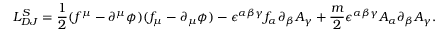
{ \cal { L } } _ { D J } ^ { S } = \frac { 1 } { 2 } ( f ^ { \mu } - \partial ^ { \mu } \phi ) ( f _ { \mu } - \partial _ { \mu } \phi ) - \epsilon ^ { \alpha \beta \gamma } f _ { \alpha } \partial _ { \beta } A _ { \gamma } + \frac { m } { 2 } \epsilon ^ { \alpha \beta \gamma } A _ { \alpha } \partial _ { \beta } A _ { \gamma } .